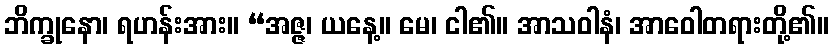
ဘိက္ခုနော၊ ရဟန်းအား။ “အဇ္ဇ၊ ယနေ့။ မေ၊ ငါ၏။ အာသဝါနံ၊ အာဝေါတရားတို့၏။